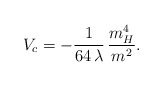
\begin{align*}V_{c} = - \frac{1}{64 \, \lambda} \, \frac{m_{H}^{4}}{m^{2}}. \end{align*}